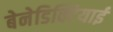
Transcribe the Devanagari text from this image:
बेनेडिक्टियाई